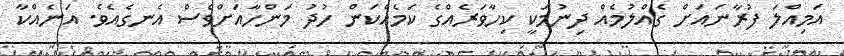
އަމިއްލަ ފުރާނައަށް ގެއްލުމެއް ދިނުމަކީ ކިހާވަރެއްގެ ކަމެއްކަން ހުދު މަންހާއަށްވެސް އެނގެއެވެ. އަނެއްކާ